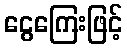
ငွေကြေးဖြင့်